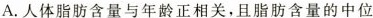
A.人体脂肪含量与年龄正相关，且脂肪含量的中位